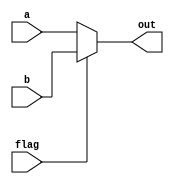
`timescale 1ns / 1ps
//////////////////////////////////////////////////////////////////////////////////
// Company: 
// Engineer: 
// 
// Design Name: 
// Module Name: mux_2_5
// Project Name: 
// Target Devices: 
// Tool Versions: 
// Description: 
// 
// Dependencies: 
// 
// Revision:
// Revision 0.01 - File Created
// Additional Comments:
// 
//////////////////////////////////////////////////////////////////////////////////


module mux_2_5(
    input flag,
    input [4:0] a,
    input [4:0] b,
    output [4:0] out
    );
    assign out = flag?b:a;
endmodule